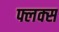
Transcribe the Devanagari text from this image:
फ्लक्‍स